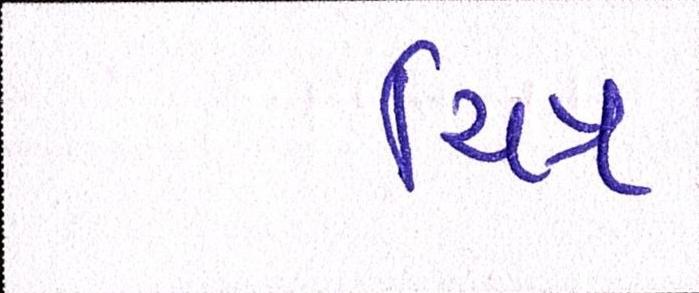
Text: ચિત્ર